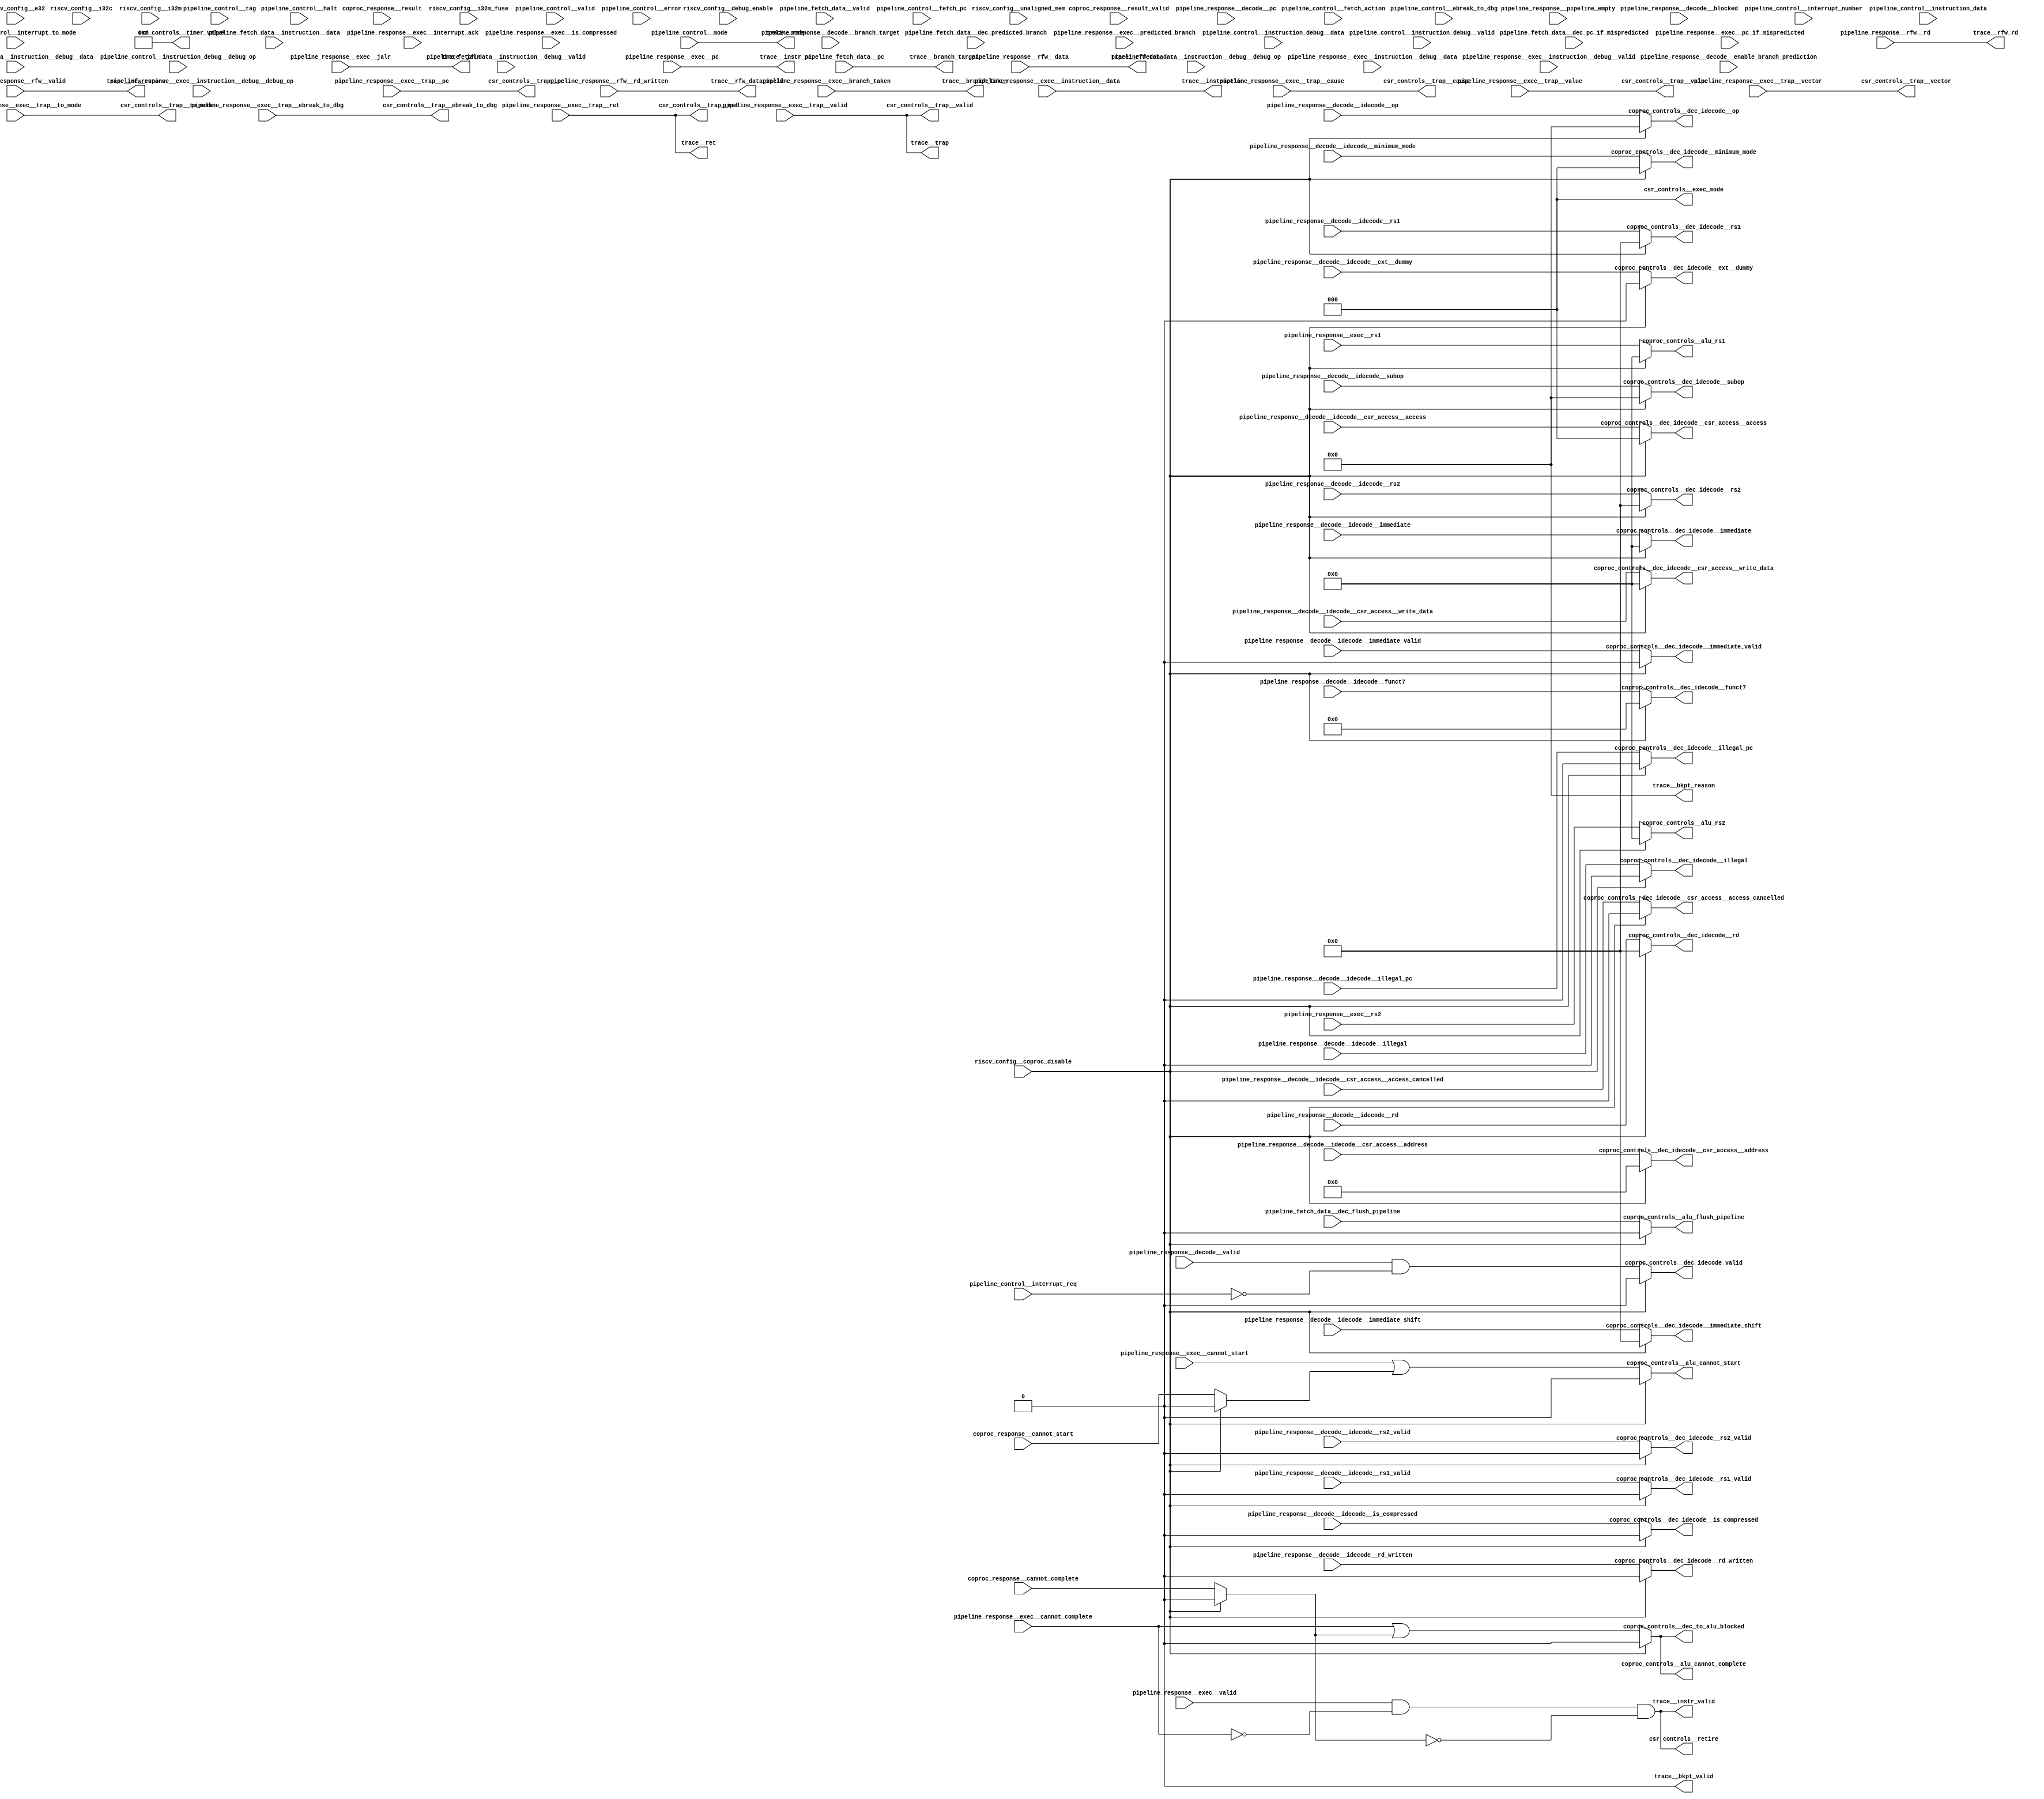
//a Note: created by CDL 1.4 - do not hand edit without recognizing it will be out of sync with the source
// Output mode 0 (VMOD=1, standard verilog=0)
// Verilog option comb reg suffix '__var'
// Verilog option include_displays 0
// Verilog option include_assertions 1
// Verilog option sv_assertions 0
// Verilog option assert delay string '<NULL>'
// Verilog option include_coverage 0
// Verilog option clock_gate_module_instance_type 'banana'
// Verilog option clock_gate_module_instance_extra_ports ''
// Verilog option use_always_at_star 1
// Verilog option clocks_must_have_enables 1

//a Module riscv_i32_pipeline_control_csr_trace
module riscv_i32_pipeline_control_csr_trace
(

    coproc_response__cannot_start,
    coproc_response__result,
    coproc_response__result_valid,
    coproc_response__cannot_complete,
    riscv_config__i32c,
    riscv_config__e32,
    riscv_config__i32m,
    riscv_config__i32m_fuse,
    riscv_config__debug_enable,
    riscv_config__coproc_disable,
    riscv_config__unaligned_mem,
    pipeline_fetch_data__valid,
    pipeline_fetch_data__pc,
    pipeline_fetch_data__instruction__data,
    pipeline_fetch_data__instruction__debug__valid,
    pipeline_fetch_data__instruction__debug__debug_op,
    pipeline_fetch_data__instruction__debug__data,
    pipeline_fetch_data__dec_flush_pipeline,
    pipeline_fetch_data__dec_predicted_branch,
    pipeline_fetch_data__dec_pc_if_mispredicted,
    pipeline_response__decode__valid,
    pipeline_response__decode__blocked,
    pipeline_response__decode__pc,
    pipeline_response__decode__branch_target,
    pipeline_response__decode__idecode__rs1,
    pipeline_response__decode__idecode__rs1_valid,
    pipeline_response__decode__idecode__rs2,
    pipeline_response__decode__idecode__rs2_valid,
    pipeline_response__decode__idecode__rd,
    pipeline_response__decode__idecode__rd_written,
    pipeline_response__decode__idecode__csr_access__access_cancelled,
    pipeline_response__decode__idecode__csr_access__access,
    pipeline_response__decode__idecode__csr_access__address,
    pipeline_response__decode__idecode__csr_access__write_data,
    pipeline_response__decode__idecode__immediate,
    pipeline_response__decode__idecode__immediate_shift,
    pipeline_response__decode__idecode__immediate_valid,
    pipeline_response__decode__idecode__op,
    pipeline_response__decode__idecode__subop,
    pipeline_response__decode__idecode__funct7,
    pipeline_response__decode__idecode__minimum_mode,
    pipeline_response__decode__idecode__illegal,
    pipeline_response__decode__idecode__illegal_pc,
    pipeline_response__decode__idecode__is_compressed,
    pipeline_response__decode__idecode__ext__dummy,
    pipeline_response__decode__enable_branch_prediction,
    pipeline_response__exec__valid,
    pipeline_response__exec__cannot_start,
    pipeline_response__exec__cannot_complete,
    pipeline_response__exec__interrupt_ack,
    pipeline_response__exec__branch_taken,
    pipeline_response__exec__jalr,
    pipeline_response__exec__trap__valid,
    pipeline_response__exec__trap__to_mode,
    pipeline_response__exec__trap__cause,
    pipeline_response__exec__trap__pc,
    pipeline_response__exec__trap__value,
    pipeline_response__exec__trap__ret,
    pipeline_response__exec__trap__vector,
    pipeline_response__exec__trap__ebreak_to_dbg,
    pipeline_response__exec__is_compressed,
    pipeline_response__exec__instruction__data,
    pipeline_response__exec__instruction__debug__valid,
    pipeline_response__exec__instruction__debug__debug_op,
    pipeline_response__exec__instruction__debug__data,
    pipeline_response__exec__rs1,
    pipeline_response__exec__rs2,
    pipeline_response__exec__pc,
    pipeline_response__exec__predicted_branch,
    pipeline_response__exec__pc_if_mispredicted,
    pipeline_response__rfw__valid,
    pipeline_response__rfw__rd_written,
    pipeline_response__rfw__rd,
    pipeline_response__rfw__data,
    pipeline_response__pipeline_empty,
    pipeline_control__valid,
    pipeline_control__fetch_action,
    pipeline_control__fetch_pc,
    pipeline_control__mode,
    pipeline_control__error,
    pipeline_control__tag,
    pipeline_control__halt,
    pipeline_control__ebreak_to_dbg,
    pipeline_control__interrupt_req,
    pipeline_control__interrupt_number,
    pipeline_control__interrupt_to_mode,
    pipeline_control__instruction_data,
    pipeline_control__instruction_debug__valid,
    pipeline_control__instruction_debug__debug_op,
    pipeline_control__instruction_debug__data,

    trace__instr_valid,
    trace__mode,
    trace__instr_pc,
    trace__instruction,
    trace__branch_taken,
    trace__branch_target,
    trace__trap,
    trace__ret,
    trace__jalr,
    trace__rfw_retire,
    trace__rfw_data_valid,
    trace__rfw_rd,
    trace__rfw_data,
    trace__bkpt_valid,
    trace__bkpt_reason,
    csr_controls__exec_mode,
    csr_controls__retire,
    csr_controls__timer_value,
    csr_controls__trap__valid,
    csr_controls__trap__to_mode,
    csr_controls__trap__cause,
    csr_controls__trap__pc,
    csr_controls__trap__value,
    csr_controls__trap__ret,
    csr_controls__trap__vector,
    csr_controls__trap__ebreak_to_dbg,
    coproc_controls__dec_idecode_valid,
    coproc_controls__dec_idecode__rs1,
    coproc_controls__dec_idecode__rs1_valid,
    coproc_controls__dec_idecode__rs2,
    coproc_controls__dec_idecode__rs2_valid,
    coproc_controls__dec_idecode__rd,
    coproc_controls__dec_idecode__rd_written,
    coproc_controls__dec_idecode__csr_access__access_cancelled,
    coproc_controls__dec_idecode__csr_access__access,
    coproc_controls__dec_idecode__csr_access__address,
    coproc_controls__dec_idecode__csr_access__write_data,
    coproc_controls__dec_idecode__immediate,
    coproc_controls__dec_idecode__immediate_shift,
    coproc_controls__dec_idecode__immediate_valid,
    coproc_controls__dec_idecode__op,
    coproc_controls__dec_idecode__subop,
    coproc_controls__dec_idecode__funct7,
    coproc_controls__dec_idecode__minimum_mode,
    coproc_controls__dec_idecode__illegal,
    coproc_controls__dec_idecode__illegal_pc,
    coproc_controls__dec_idecode__is_compressed,
    coproc_controls__dec_idecode__ext__dummy,
    coproc_controls__dec_to_alu_blocked,
    coproc_controls__alu_rs1,
    coproc_controls__alu_rs2,
    coproc_controls__alu_flush_pipeline,
    coproc_controls__alu_cannot_start,
    coproc_controls__alu_cannot_complete
);

    //b Clocks

    //b Inputs
    input coproc_response__cannot_start;
    input [31:0]coproc_response__result;
    input coproc_response__result_valid;
    input coproc_response__cannot_complete;
    input riscv_config__i32c;
    input riscv_config__e32;
    input riscv_config__i32m;
    input riscv_config__i32m_fuse;
    input riscv_config__debug_enable;
    input riscv_config__coproc_disable;
    input riscv_config__unaligned_mem;
    input pipeline_fetch_data__valid;
    input [31:0]pipeline_fetch_data__pc;
    input [31:0]pipeline_fetch_data__instruction__data;
    input pipeline_fetch_data__instruction__debug__valid;
    input [1:0]pipeline_fetch_data__instruction__debug__debug_op;
    input [15:0]pipeline_fetch_data__instruction__debug__data;
    input pipeline_fetch_data__dec_flush_pipeline;
    input pipeline_fetch_data__dec_predicted_branch;
    input [31:0]pipeline_fetch_data__dec_pc_if_mispredicted;
    input pipeline_response__decode__valid;
    input pipeline_response__decode__blocked;
    input [31:0]pipeline_response__decode__pc;
    input [31:0]pipeline_response__decode__branch_target;
    input [4:0]pipeline_response__decode__idecode__rs1;
    input pipeline_response__decode__idecode__rs1_valid;
    input [4:0]pipeline_response__decode__idecode__rs2;
    input pipeline_response__decode__idecode__rs2_valid;
    input [4:0]pipeline_response__decode__idecode__rd;
    input pipeline_response__decode__idecode__rd_written;
    input pipeline_response__decode__idecode__csr_access__access_cancelled;
    input [2:0]pipeline_response__decode__idecode__csr_access__access;
    input [11:0]pipeline_response__decode__idecode__csr_access__address;
    input [31:0]pipeline_response__decode__idecode__csr_access__write_data;
    input [31:0]pipeline_response__decode__idecode__immediate;
    input [4:0]pipeline_response__decode__idecode__immediate_shift;
    input pipeline_response__decode__idecode__immediate_valid;
    input [3:0]pipeline_response__decode__idecode__op;
    input [3:0]pipeline_response__decode__idecode__subop;
    input [6:0]pipeline_response__decode__idecode__funct7;
    input [2:0]pipeline_response__decode__idecode__minimum_mode;
    input pipeline_response__decode__idecode__illegal;
    input pipeline_response__decode__idecode__illegal_pc;
    input pipeline_response__decode__idecode__is_compressed;
    input pipeline_response__decode__idecode__ext__dummy;
    input pipeline_response__decode__enable_branch_prediction;
    input pipeline_response__exec__valid;
    input pipeline_response__exec__cannot_start;
    input pipeline_response__exec__cannot_complete;
    input pipeline_response__exec__interrupt_ack;
    input pipeline_response__exec__branch_taken;
    input pipeline_response__exec__jalr;
    input pipeline_response__exec__trap__valid;
    input [2:0]pipeline_response__exec__trap__to_mode;
    input [3:0]pipeline_response__exec__trap__cause;
    input [31:0]pipeline_response__exec__trap__pc;
    input [31:0]pipeline_response__exec__trap__value;
    input pipeline_response__exec__trap__ret;
    input pipeline_response__exec__trap__vector;
    input pipeline_response__exec__trap__ebreak_to_dbg;
    input pipeline_response__exec__is_compressed;
    input [31:0]pipeline_response__exec__instruction__data;
    input pipeline_response__exec__instruction__debug__valid;
    input [1:0]pipeline_response__exec__instruction__debug__debug_op;
    input [15:0]pipeline_response__exec__instruction__debug__data;
    input [31:0]pipeline_response__exec__rs1;
    input [31:0]pipeline_response__exec__rs2;
    input [31:0]pipeline_response__exec__pc;
    input pipeline_response__exec__predicted_branch;
    input [31:0]pipeline_response__exec__pc_if_mispredicted;
    input pipeline_response__rfw__valid;
    input pipeline_response__rfw__rd_written;
    input [4:0]pipeline_response__rfw__rd;
    input [31:0]pipeline_response__rfw__data;
    input pipeline_response__pipeline_empty;
    input pipeline_control__valid;
    input [2:0]pipeline_control__fetch_action;
    input [31:0]pipeline_control__fetch_pc;
    input [2:0]pipeline_control__mode;
    input pipeline_control__error;
    input [1:0]pipeline_control__tag;
    input pipeline_control__halt;
    input pipeline_control__ebreak_to_dbg;
    input pipeline_control__interrupt_req;
    input [3:0]pipeline_control__interrupt_number;
    input [2:0]pipeline_control__interrupt_to_mode;
    input [31:0]pipeline_control__instruction_data;
    input pipeline_control__instruction_debug__valid;
    input [1:0]pipeline_control__instruction_debug__debug_op;
    input [15:0]pipeline_control__instruction_debug__data;

    //b Outputs
    output trace__instr_valid;
    output [2:0]trace__mode;
    output [31:0]trace__instr_pc;
    output [31:0]trace__instruction;
    output trace__branch_taken;
    output [31:0]trace__branch_target;
    output trace__trap;
    output trace__ret;
    output trace__jalr;
    output trace__rfw_retire;
    output trace__rfw_data_valid;
    output [4:0]trace__rfw_rd;
    output [31:0]trace__rfw_data;
    output trace__bkpt_valid;
    output [3:0]trace__bkpt_reason;
    output [2:0]csr_controls__exec_mode;
    output csr_controls__retire;
    output [63:0]csr_controls__timer_value;
    output csr_controls__trap__valid;
    output [2:0]csr_controls__trap__to_mode;
    output [3:0]csr_controls__trap__cause;
    output [31:0]csr_controls__trap__pc;
    output [31:0]csr_controls__trap__value;
    output csr_controls__trap__ret;
    output csr_controls__trap__vector;
    output csr_controls__trap__ebreak_to_dbg;
    output coproc_controls__dec_idecode_valid;
    output [4:0]coproc_controls__dec_idecode__rs1;
    output coproc_controls__dec_idecode__rs1_valid;
    output [4:0]coproc_controls__dec_idecode__rs2;
    output coproc_controls__dec_idecode__rs2_valid;
    output [4:0]coproc_controls__dec_idecode__rd;
    output coproc_controls__dec_idecode__rd_written;
    output coproc_controls__dec_idecode__csr_access__access_cancelled;
    output [2:0]coproc_controls__dec_idecode__csr_access__access;
    output [11:0]coproc_controls__dec_idecode__csr_access__address;
    output [31:0]coproc_controls__dec_idecode__csr_access__write_data;
    output [31:0]coproc_controls__dec_idecode__immediate;
    output [4:0]coproc_controls__dec_idecode__immediate_shift;
    output coproc_controls__dec_idecode__immediate_valid;
    output [3:0]coproc_controls__dec_idecode__op;
    output [3:0]coproc_controls__dec_idecode__subop;
    output [6:0]coproc_controls__dec_idecode__funct7;
    output [2:0]coproc_controls__dec_idecode__minimum_mode;
    output coproc_controls__dec_idecode__illegal;
    output coproc_controls__dec_idecode__illegal_pc;
    output coproc_controls__dec_idecode__is_compressed;
    output coproc_controls__dec_idecode__ext__dummy;
    output coproc_controls__dec_to_alu_blocked;
    output [31:0]coproc_controls__alu_rs1;
    output [31:0]coproc_controls__alu_rs2;
    output coproc_controls__alu_flush_pipeline;
    output coproc_controls__alu_cannot_start;
    output coproc_controls__alu_cannot_complete;

// output components here

    //b Output combinatorials
    reg trace__instr_valid;
    reg [2:0]trace__mode;
    reg [31:0]trace__instr_pc;
    reg [31:0]trace__instruction;
    reg trace__branch_taken;
    reg [31:0]trace__branch_target;
    reg trace__trap;
    reg trace__ret;
    reg trace__jalr;
    reg trace__rfw_retire;
    reg trace__rfw_data_valid;
    reg [4:0]trace__rfw_rd;
    reg [31:0]trace__rfw_data;
    reg trace__bkpt_valid;
    reg [3:0]trace__bkpt_reason;
    reg [2:0]csr_controls__exec_mode;
    reg csr_controls__retire;
    reg [63:0]csr_controls__timer_value;
    reg csr_controls__trap__valid;
    reg [2:0]csr_controls__trap__to_mode;
    reg [3:0]csr_controls__trap__cause;
    reg [31:0]csr_controls__trap__pc;
    reg [31:0]csr_controls__trap__value;
    reg csr_controls__trap__ret;
    reg csr_controls__trap__vector;
    reg csr_controls__trap__ebreak_to_dbg;
    reg coproc_controls__dec_idecode_valid;
    reg [4:0]coproc_controls__dec_idecode__rs1;
    reg coproc_controls__dec_idecode__rs1_valid;
    reg [4:0]coproc_controls__dec_idecode__rs2;
    reg coproc_controls__dec_idecode__rs2_valid;
    reg [4:0]coproc_controls__dec_idecode__rd;
    reg coproc_controls__dec_idecode__rd_written;
    reg coproc_controls__dec_idecode__csr_access__access_cancelled;
    reg [2:0]coproc_controls__dec_idecode__csr_access__access;
    reg [11:0]coproc_controls__dec_idecode__csr_access__address;
    reg [31:0]coproc_controls__dec_idecode__csr_access__write_data;
    reg [31:0]coproc_controls__dec_idecode__immediate;
    reg [4:0]coproc_controls__dec_idecode__immediate_shift;
    reg coproc_controls__dec_idecode__immediate_valid;
    reg [3:0]coproc_controls__dec_idecode__op;
    reg [3:0]coproc_controls__dec_idecode__subop;
    reg [6:0]coproc_controls__dec_idecode__funct7;
    reg [2:0]coproc_controls__dec_idecode__minimum_mode;
    reg coproc_controls__dec_idecode__illegal;
    reg coproc_controls__dec_idecode__illegal_pc;
    reg coproc_controls__dec_idecode__is_compressed;
    reg coproc_controls__dec_idecode__ext__dummy;
    reg coproc_controls__dec_to_alu_blocked;
    reg [31:0]coproc_controls__alu_rs1;
    reg [31:0]coproc_controls__alu_rs2;
    reg coproc_controls__alu_flush_pipeline;
    reg coproc_controls__alu_cannot_start;
    reg coproc_controls__alu_cannot_complete;

    //b Output nets

    //b Internal and output registers

    //b Internal combinatorials
        //   Coprocessor response masked out if configured off
    reg coproc_response_cfg__cannot_start;
    reg [31:0]coproc_response_cfg__result;
    reg coproc_response_cfg__result_valid;
    reg coproc_response_cfg__cannot_complete;

    //b Internal nets

    //b Clock gating module instances
    //b Module instances
    //b csr_controls combinatorial process
    always @ ( * )//csr_controls
    begin: csr_controls__comb_code
    reg csr_controls__retire__var;
    reg csr_controls__trap__valid__var;
    reg [2:0]csr_controls__trap__to_mode__var;
    reg [3:0]csr_controls__trap__cause__var;
    reg [31:0]csr_controls__trap__pc__var;
    reg [31:0]csr_controls__trap__value__var;
    reg csr_controls__trap__ret__var;
    reg csr_controls__trap__vector__var;
    reg csr_controls__trap__ebreak_to_dbg__var;
        csr_controls__exec_mode = 3'h0;
        csr_controls__retire__var = 1'h0;
        csr_controls__timer_value = 64'h0;
        csr_controls__trap__valid__var = 1'h0;
        csr_controls__trap__to_mode__var = 3'h0;
        csr_controls__trap__cause__var = 4'h0;
        csr_controls__trap__pc__var = 32'h0;
        csr_controls__trap__value__var = 32'h0;
        csr_controls__trap__ret__var = 1'h0;
        csr_controls__trap__vector__var = 1'h0;
        csr_controls__trap__ebreak_to_dbg__var = 1'h0;
        csr_controls__retire__var = (((pipeline_response__exec__valid!=1'h0)&&!(pipeline_response__exec__cannot_complete!=1'h0))&&!(coproc_response_cfg__cannot_complete!=1'h0));
        csr_controls__trap__valid__var = pipeline_response__exec__trap__valid;
        csr_controls__trap__to_mode__var = pipeline_response__exec__trap__to_mode;
        csr_controls__trap__cause__var = pipeline_response__exec__trap__cause;
        csr_controls__trap__pc__var = pipeline_response__exec__trap__pc;
        csr_controls__trap__value__var = pipeline_response__exec__trap__value;
        csr_controls__trap__ret__var = pipeline_response__exec__trap__ret;
        csr_controls__trap__vector__var = pipeline_response__exec__trap__vector;
        csr_controls__trap__ebreak_to_dbg__var = pipeline_response__exec__trap__ebreak_to_dbg;
        csr_controls__retire = csr_controls__retire__var;
        csr_controls__trap__valid = csr_controls__trap__valid__var;
        csr_controls__trap__to_mode = csr_controls__trap__to_mode__var;
        csr_controls__trap__cause = csr_controls__trap__cause__var;
        csr_controls__trap__pc = csr_controls__trap__pc__var;
        csr_controls__trap__value = csr_controls__trap__value__var;
        csr_controls__trap__ret = csr_controls__trap__ret__var;
        csr_controls__trap__vector = csr_controls__trap__vector__var;
        csr_controls__trap__ebreak_to_dbg = csr_controls__trap__ebreak_to_dbg__var;
    end //always

    //b coprocessor_interface combinatorial process
        //   
        //       Drive the coprocessor controls unless disabled; mirror the pipeline combs
        //   
        //       Probably only legal if there is a decode stage - or if the coprocessor knows there is not
        //       
    always @ ( * )//coprocessor_interface
    begin: coprocessor_interface__comb_code
    reg coproc_response_cfg__cannot_start__var;
    reg [31:0]coproc_response_cfg__result__var;
    reg coproc_response_cfg__result_valid__var;
    reg coproc_response_cfg__cannot_complete__var;
    reg [4:0]coproc_controls__dec_idecode__rs1__var;
    reg coproc_controls__dec_idecode__rs1_valid__var;
    reg [4:0]coproc_controls__dec_idecode__rs2__var;
    reg coproc_controls__dec_idecode__rs2_valid__var;
    reg [4:0]coproc_controls__dec_idecode__rd__var;
    reg coproc_controls__dec_idecode__rd_written__var;
    reg coproc_controls__dec_idecode__csr_access__access_cancelled__var;
    reg [2:0]coproc_controls__dec_idecode__csr_access__access__var;
    reg [11:0]coproc_controls__dec_idecode__csr_access__address__var;
    reg [31:0]coproc_controls__dec_idecode__csr_access__write_data__var;
    reg [31:0]coproc_controls__dec_idecode__immediate__var;
    reg [4:0]coproc_controls__dec_idecode__immediate_shift__var;
    reg coproc_controls__dec_idecode__immediate_valid__var;
    reg [3:0]coproc_controls__dec_idecode__op__var;
    reg [3:0]coproc_controls__dec_idecode__subop__var;
    reg [6:0]coproc_controls__dec_idecode__funct7__var;
    reg [2:0]coproc_controls__dec_idecode__minimum_mode__var;
    reg coproc_controls__dec_idecode__illegal__var;
    reg coproc_controls__dec_idecode__illegal_pc__var;
    reg coproc_controls__dec_idecode__is_compressed__var;
    reg coproc_controls__dec_idecode__ext__dummy__var;
    reg coproc_controls__dec_idecode_valid__var;
    reg coproc_controls__dec_to_alu_blocked__var;
    reg [31:0]coproc_controls__alu_rs1__var;
    reg [31:0]coproc_controls__alu_rs2__var;
    reg coproc_controls__alu_flush_pipeline__var;
    reg coproc_controls__alu_cannot_start__var;
    reg coproc_controls__alu_cannot_complete__var;
        coproc_response_cfg__cannot_start__var = coproc_response__cannot_start;
        coproc_response_cfg__result__var = coproc_response__result;
        coproc_response_cfg__result_valid__var = coproc_response__result_valid;
        coproc_response_cfg__cannot_complete__var = coproc_response__cannot_complete;
        if (((1'h0!=64'h0)||(riscv_config__coproc_disable!=1'h0)))
        begin
            coproc_response_cfg__cannot_start__var = 1'h0;
            coproc_response_cfg__result__var = 32'h0;
            coproc_response_cfg__result_valid__var = 1'h0;
            coproc_response_cfg__cannot_complete__var = 1'h0;
        end //if
        coproc_controls__dec_idecode__rs1__var = pipeline_response__decode__idecode__rs1;
        coproc_controls__dec_idecode__rs1_valid__var = pipeline_response__decode__idecode__rs1_valid;
        coproc_controls__dec_idecode__rs2__var = pipeline_response__decode__idecode__rs2;
        coproc_controls__dec_idecode__rs2_valid__var = pipeline_response__decode__idecode__rs2_valid;
        coproc_controls__dec_idecode__rd__var = pipeline_response__decode__idecode__rd;
        coproc_controls__dec_idecode__rd_written__var = pipeline_response__decode__idecode__rd_written;
        coproc_controls__dec_idecode__csr_access__access_cancelled__var = pipeline_response__decode__idecode__csr_access__access_cancelled;
        coproc_controls__dec_idecode__csr_access__access__var = pipeline_response__decode__idecode__csr_access__access;
        coproc_controls__dec_idecode__csr_access__address__var = pipeline_response__decode__idecode__csr_access__address;
        coproc_controls__dec_idecode__csr_access__write_data__var = pipeline_response__decode__idecode__csr_access__write_data;
        coproc_controls__dec_idecode__immediate__var = pipeline_response__decode__idecode__immediate;
        coproc_controls__dec_idecode__immediate_shift__var = pipeline_response__decode__idecode__immediate_shift;
        coproc_controls__dec_idecode__immediate_valid__var = pipeline_response__decode__idecode__immediate_valid;
        coproc_controls__dec_idecode__op__var = pipeline_response__decode__idecode__op;
        coproc_controls__dec_idecode__subop__var = pipeline_response__decode__idecode__subop;
        coproc_controls__dec_idecode__funct7__var = pipeline_response__decode__idecode__funct7;
        coproc_controls__dec_idecode__minimum_mode__var = pipeline_response__decode__idecode__minimum_mode;
        coproc_controls__dec_idecode__illegal__var = pipeline_response__decode__idecode__illegal;
        coproc_controls__dec_idecode__illegal_pc__var = pipeline_response__decode__idecode__illegal_pc;
        coproc_controls__dec_idecode__is_compressed__var = pipeline_response__decode__idecode__is_compressed;
        coproc_controls__dec_idecode__ext__dummy__var = pipeline_response__decode__idecode__ext__dummy;
        coproc_controls__dec_idecode_valid__var = ((pipeline_response__decode__valid!=1'h0)&&!(pipeline_control__interrupt_req!=1'h0));
        coproc_controls__dec_to_alu_blocked__var = ((pipeline_response__exec__cannot_complete!=1'h0)||(coproc_response_cfg__cannot_complete__var!=1'h0));
        coproc_controls__alu_rs1__var = pipeline_response__exec__rs1;
        coproc_controls__alu_rs2__var = pipeline_response__exec__rs2;
        coproc_controls__alu_flush_pipeline__var = pipeline_fetch_data__dec_flush_pipeline;
        coproc_controls__alu_cannot_start__var = ((pipeline_response__exec__cannot_start!=1'h0)||(coproc_response_cfg__cannot_start__var!=1'h0));
        coproc_controls__alu_cannot_complete__var = ((pipeline_response__exec__cannot_complete!=1'h0)||(coproc_response_cfg__cannot_complete__var!=1'h0));
        if (((1'h0!=64'h0)||(riscv_config__coproc_disable!=1'h0)))
        begin
            coproc_controls__dec_idecode_valid__var = 1'h0;
            coproc_controls__dec_idecode__rs1__var = 5'h0;
            coproc_controls__dec_idecode__rs1_valid__var = 1'h0;
            coproc_controls__dec_idecode__rs2__var = 5'h0;
            coproc_controls__dec_idecode__rs2_valid__var = 1'h0;
            coproc_controls__dec_idecode__rd__var = 5'h0;
            coproc_controls__dec_idecode__rd_written__var = 1'h0;
            coproc_controls__dec_idecode__csr_access__access_cancelled__var = 1'h0;
            coproc_controls__dec_idecode__csr_access__access__var = 3'h0;
            coproc_controls__dec_idecode__csr_access__address__var = 12'h0;
            coproc_controls__dec_idecode__csr_access__write_data__var = 32'h0;
            coproc_controls__dec_idecode__immediate__var = 32'h0;
            coproc_controls__dec_idecode__immediate_shift__var = 5'h0;
            coproc_controls__dec_idecode__immediate_valid__var = 1'h0;
            coproc_controls__dec_idecode__op__var = 4'h0;
            coproc_controls__dec_idecode__subop__var = 4'h0;
            coproc_controls__dec_idecode__funct7__var = 7'h0;
            coproc_controls__dec_idecode__minimum_mode__var = 3'h0;
            coproc_controls__dec_idecode__illegal__var = 1'h0;
            coproc_controls__dec_idecode__illegal_pc__var = 1'h0;
            coproc_controls__dec_idecode__is_compressed__var = 1'h0;
            coproc_controls__dec_idecode__ext__dummy__var = 1'h0;
            coproc_controls__dec_to_alu_blocked__var = 1'h0;
            coproc_controls__alu_rs1__var = 32'h0;
            coproc_controls__alu_rs2__var = 32'h0;
            coproc_controls__alu_flush_pipeline__var = 1'h0;
            coproc_controls__alu_cannot_start__var = 1'h0;
            coproc_controls__alu_cannot_complete__var = 1'h0;
        end //if
        coproc_response_cfg__cannot_start = coproc_response_cfg__cannot_start__var;
        coproc_response_cfg__result = coproc_response_cfg__result__var;
        coproc_response_cfg__result_valid = coproc_response_cfg__result_valid__var;
        coproc_response_cfg__cannot_complete = coproc_response_cfg__cannot_complete__var;
        coproc_controls__dec_idecode__rs1 = coproc_controls__dec_idecode__rs1__var;
        coproc_controls__dec_idecode__rs1_valid = coproc_controls__dec_idecode__rs1_valid__var;
        coproc_controls__dec_idecode__rs2 = coproc_controls__dec_idecode__rs2__var;
        coproc_controls__dec_idecode__rs2_valid = coproc_controls__dec_idecode__rs2_valid__var;
        coproc_controls__dec_idecode__rd = coproc_controls__dec_idecode__rd__var;
        coproc_controls__dec_idecode__rd_written = coproc_controls__dec_idecode__rd_written__var;
        coproc_controls__dec_idecode__csr_access__access_cancelled = coproc_controls__dec_idecode__csr_access__access_cancelled__var;
        coproc_controls__dec_idecode__csr_access__access = coproc_controls__dec_idecode__csr_access__access__var;
        coproc_controls__dec_idecode__csr_access__address = coproc_controls__dec_idecode__csr_access__address__var;
        coproc_controls__dec_idecode__csr_access__write_data = coproc_controls__dec_idecode__csr_access__write_data__var;
        coproc_controls__dec_idecode__immediate = coproc_controls__dec_idecode__immediate__var;
        coproc_controls__dec_idecode__immediate_shift = coproc_controls__dec_idecode__immediate_shift__var;
        coproc_controls__dec_idecode__immediate_valid = coproc_controls__dec_idecode__immediate_valid__var;
        coproc_controls__dec_idecode__op = coproc_controls__dec_idecode__op__var;
        coproc_controls__dec_idecode__subop = coproc_controls__dec_idecode__subop__var;
        coproc_controls__dec_idecode__funct7 = coproc_controls__dec_idecode__funct7__var;
        coproc_controls__dec_idecode__minimum_mode = coproc_controls__dec_idecode__minimum_mode__var;
        coproc_controls__dec_idecode__illegal = coproc_controls__dec_idecode__illegal__var;
        coproc_controls__dec_idecode__illegal_pc = coproc_controls__dec_idecode__illegal_pc__var;
        coproc_controls__dec_idecode__is_compressed = coproc_controls__dec_idecode__is_compressed__var;
        coproc_controls__dec_idecode__ext__dummy = coproc_controls__dec_idecode__ext__dummy__var;
        coproc_controls__dec_idecode_valid = coproc_controls__dec_idecode_valid__var;
        coproc_controls__dec_to_alu_blocked = coproc_controls__dec_to_alu_blocked__var;
        coproc_controls__alu_rs1 = coproc_controls__alu_rs1__var;
        coproc_controls__alu_rs2 = coproc_controls__alu_rs2__var;
        coproc_controls__alu_flush_pipeline = coproc_controls__alu_flush_pipeline__var;
        coproc_controls__alu_cannot_start = coproc_controls__alu_cannot_start__var;
        coproc_controls__alu_cannot_complete = coproc_controls__alu_cannot_complete__var;
    end //always

    //b trace combinatorial process
        //   
        //       Map the pipeline output to the trace
        //       
    always @ ( * )//trace
    begin: trace__comb_code
    reg trace__instr_valid__var;
    reg [2:0]trace__mode__var;
    reg [31:0]trace__instr_pc__var;
    reg [31:0]trace__instruction__var;
    reg trace__branch_taken__var;
    reg [31:0]trace__branch_target__var;
    reg trace__trap__var;
    reg trace__ret__var;
    reg trace__jalr__var;
    reg trace__rfw_retire__var;
    reg trace__rfw_data_valid__var;
    reg [4:0]trace__rfw_rd__var;
    reg [31:0]trace__rfw_data__var;
    reg trace__bkpt_valid__var;
    reg [3:0]trace__bkpt_reason__var;
        trace__instr_valid__var = 1'h0;
        trace__mode__var = 3'h0;
        trace__instr_pc__var = 32'h0;
        trace__instruction__var = 32'h0;
        trace__branch_taken__var = 1'h0;
        trace__branch_target__var = 32'h0;
        trace__trap__var = 1'h0;
        trace__ret__var = 1'h0;
        trace__jalr__var = 1'h0;
        trace__rfw_retire__var = 1'h0;
        trace__rfw_data_valid__var = 1'h0;
        trace__rfw_rd__var = 5'h0;
        trace__rfw_data__var = 32'h0;
        trace__bkpt_valid__var = 1'h0;
        trace__bkpt_reason__var = 4'h0;
        trace__instr_valid__var = (((pipeline_response__exec__valid!=1'h0)&&!(pipeline_response__exec__cannot_complete!=1'h0))&&!(coproc_response_cfg__cannot_complete!=1'h0));
        trace__instr_pc__var = pipeline_response__exec__pc;
        trace__mode__var = pipeline_control__mode;
        trace__instruction__var = pipeline_response__exec__instruction__data;
        trace__rfw_retire__var = pipeline_response__rfw__valid;
        trace__rfw_data_valid__var = pipeline_response__rfw__rd_written;
        trace__rfw_rd__var = pipeline_response__rfw__rd;
        trace__rfw_data__var = pipeline_response__rfw__data;
        trace__branch_taken__var = pipeline_response__exec__branch_taken;
        trace__trap__var = pipeline_response__exec__trap__valid;
        trace__ret__var = pipeline_response__exec__trap__ret;
        trace__jalr__var = pipeline_response__exec__jalr;
        trace__branch_target__var = pipeline_fetch_data__pc;
        trace__bkpt_valid__var = 1'h0;
        trace__bkpt_reason__var = 4'h0;
        trace__instr_valid = trace__instr_valid__var;
        trace__mode = trace__mode__var;
        trace__instr_pc = trace__instr_pc__var;
        trace__instruction = trace__instruction__var;
        trace__branch_taken = trace__branch_taken__var;
        trace__branch_target = trace__branch_target__var;
        trace__trap = trace__trap__var;
        trace__ret = trace__ret__var;
        trace__jalr = trace__jalr__var;
        trace__rfw_retire = trace__rfw_retire__var;
        trace__rfw_data_valid = trace__rfw_data_valid__var;
        trace__rfw_rd = trace__rfw_rd__var;
        trace__rfw_data = trace__rfw_data__var;
        trace__bkpt_valid = trace__bkpt_valid__var;
        trace__bkpt_reason = trace__bkpt_reason__var;
    end //always

endmodule // riscv_i32_pipeline_control_csr_trace